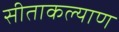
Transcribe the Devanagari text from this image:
सीताकल्याण